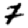
Digit: 7